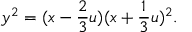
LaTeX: y ^ { 2 } = ( x - \frac { 2 } { 3 } u ) ( x + \frac { 1 } { 3 } u ) ^ { 2 } .